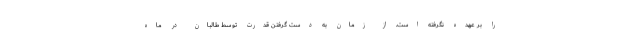
را بر عهده نگرفته است. از زمان به دست گرفتن قدرت توسط طالبان در ماه